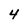
Character: 4